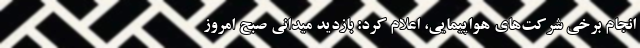
انجام برخی شرکت‌های هواپیمایی، اعلام کرد: بازدید میدانی صبح امروز